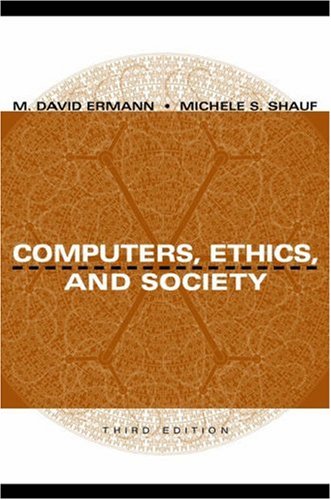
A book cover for Computers, Ethics, and Society; Computers & Technology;